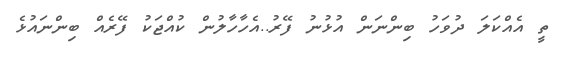
ތީ އެއްކަލަ ދުވަހު ބިންނަން އުޅުނު ފޭރު..އެހާހާލުން ކުއްޖަކު ފޭރެއް ބިންނައުޅެ